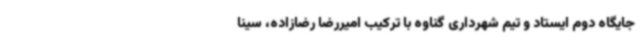
جایگاه دوم ایستاد و تیم شهرداری گناوه با ترکیب امیررضا رضازاده، سینا